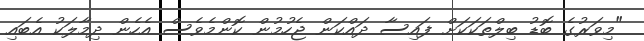
"މިވަރުގެ ބޮޑު ބިލްތަކަކަށް ފައިސާ ދައްކަން ޖެހުމުން ކޮންމެވެސް އެހެން ދިމާލަކު އެބައި